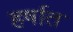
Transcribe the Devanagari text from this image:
हर्षात